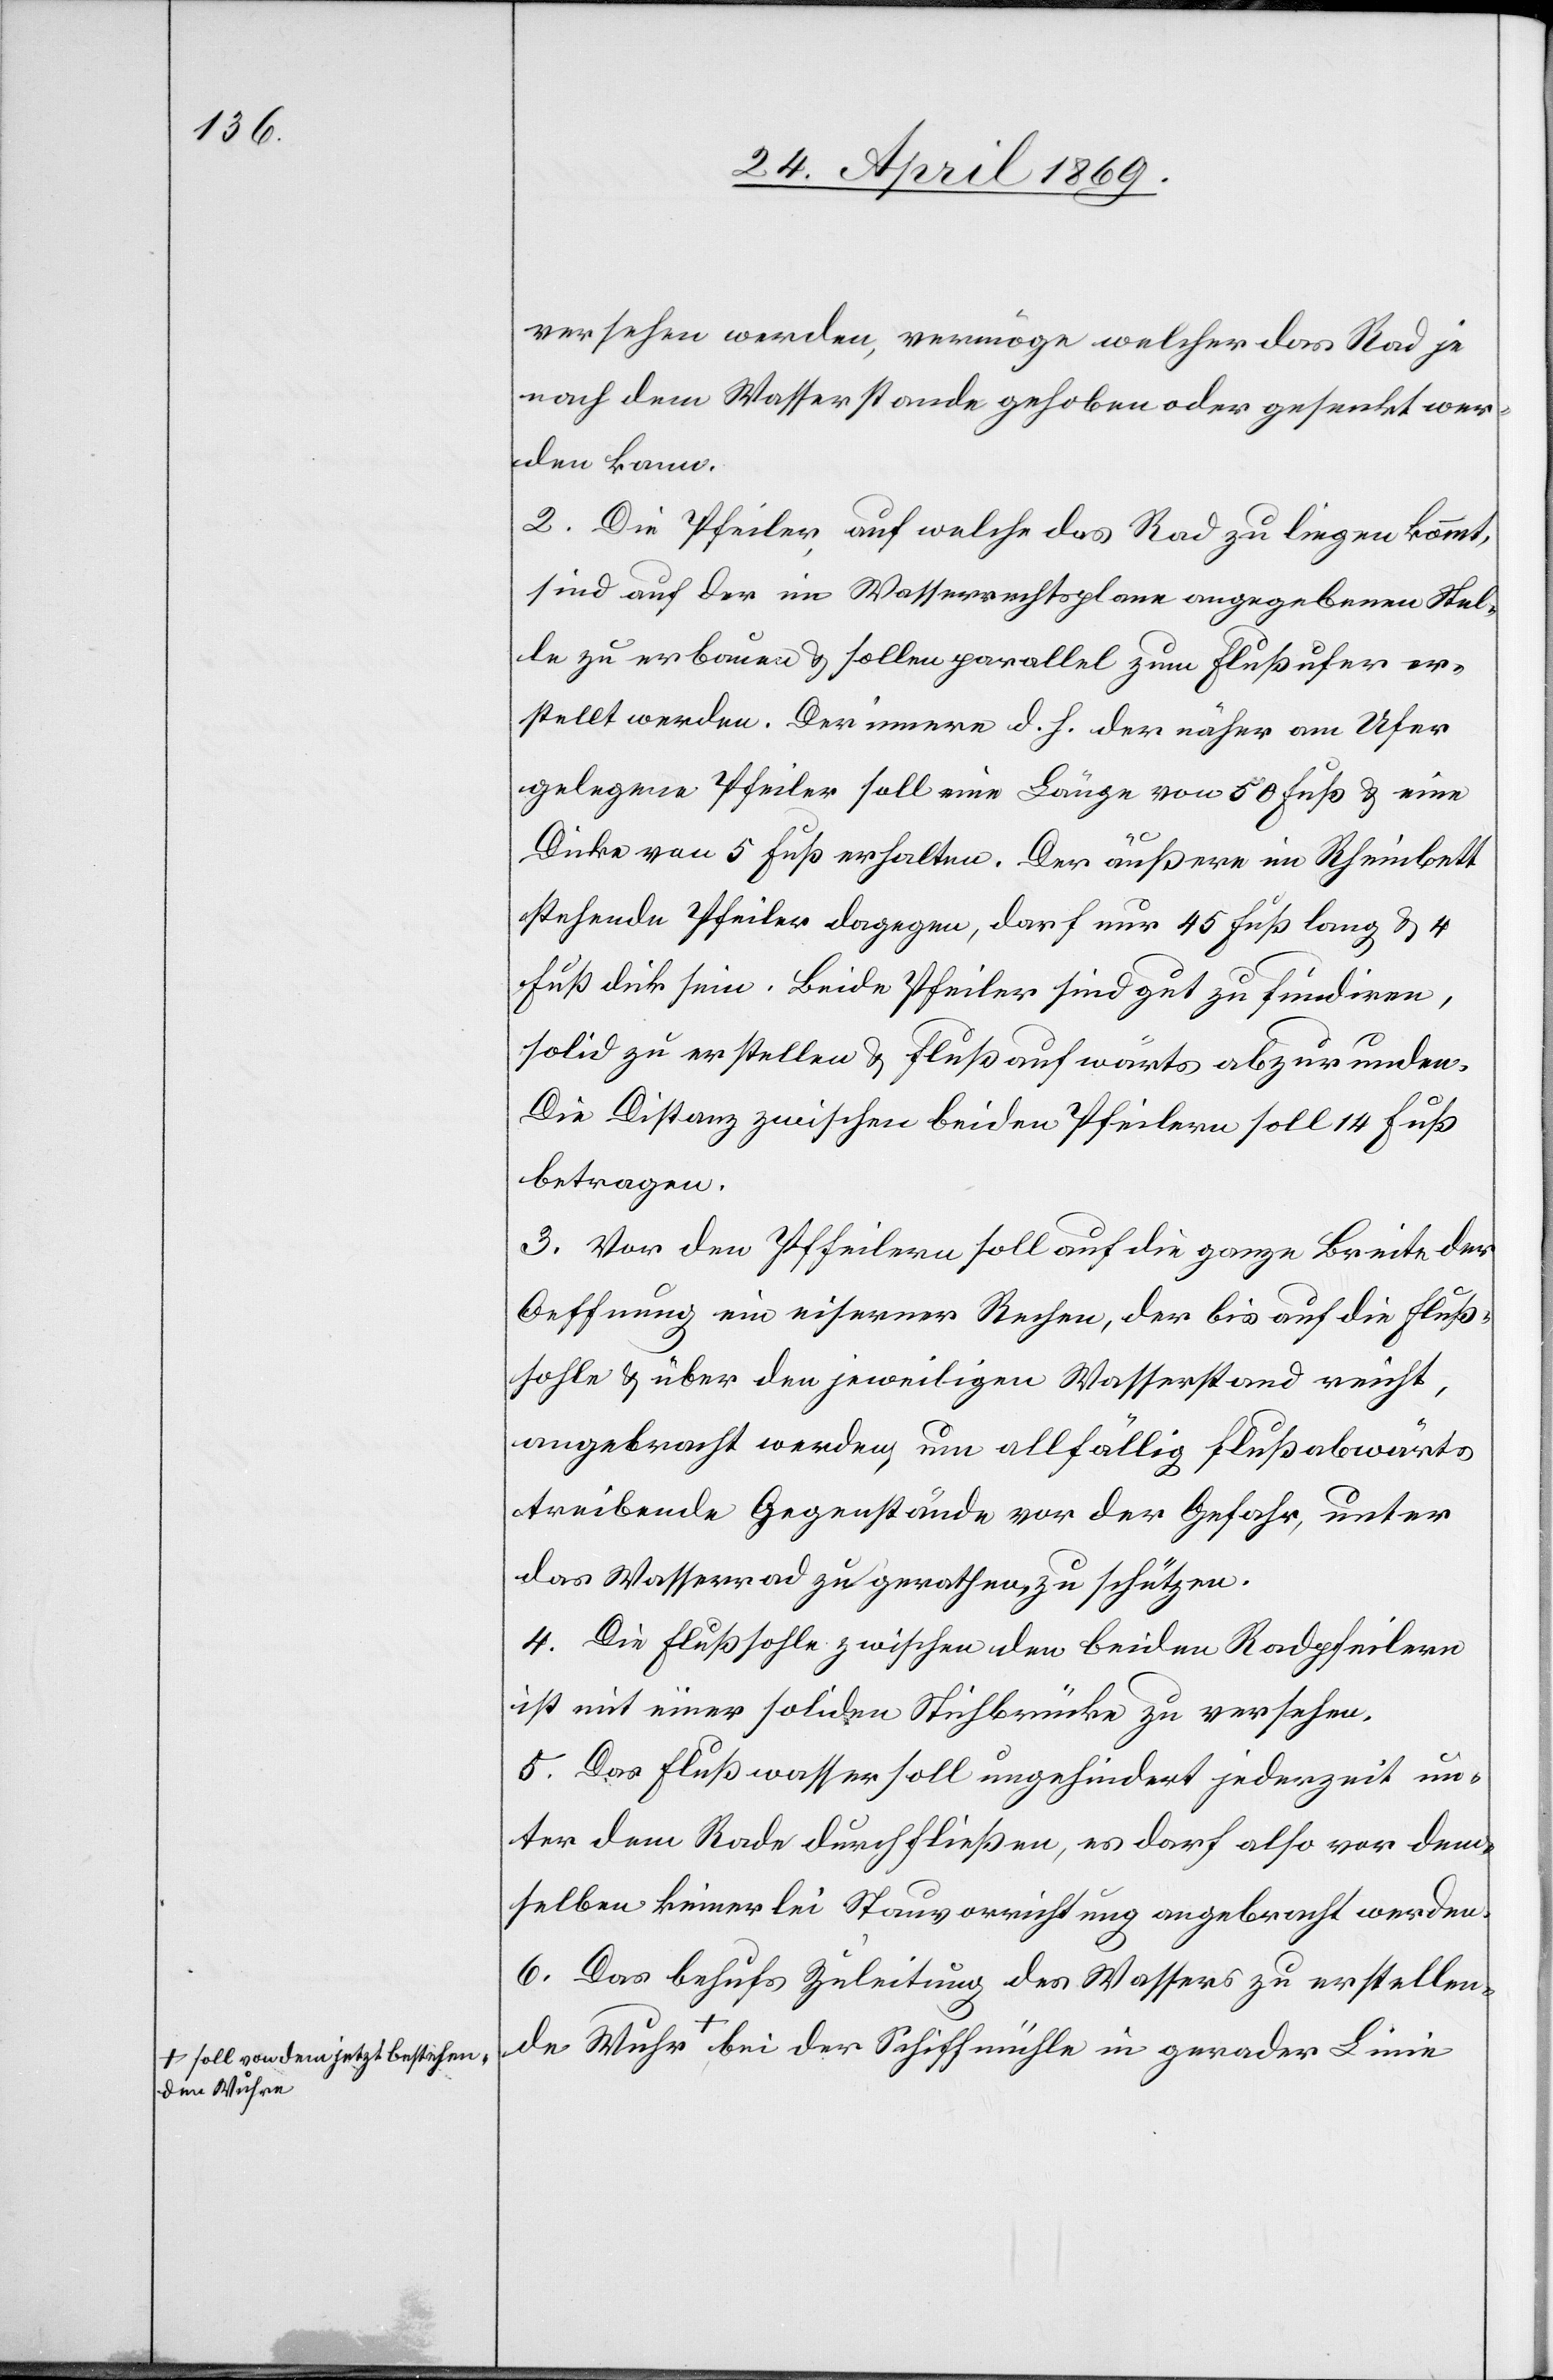
-asoll von dem jetzt bestehen¬

versehen werden, vermöge welcher das Rad je
nach dem Wasserstande gehoben oder gestreckt wer¬
den kann.
2. Die Pfeiler, auf welche das Rad zu liegen kommt,
sind auf der im Wasserrechtsplane angegebenen Stel¬
le zu erbauen u. sollen parallel zum Flußufer er¬
stellt werden. Der innere d. h. der näher am Ufer
gelegene Pfeiler soll eine Länge von 50 Fuß u. eine
Dicke von 5 Fuß erhalten. Der äußere im Rheinbett
stehende Pfeiler dagegen, darf nur 45 Fuß lang u. 4
Fuß dick sein. Beide Pfeiler sind gut zu fundiren,
solid zu erstellen u. flußaufwärts abzurunden.
3. Vor den Pfeilern soll auf die ganze Breite der
Oeffnung ein eiserner Rechen, der bis auf die Fluß¬
sohle u. über den jeweiligen Wasserstand nicht,
angebracht werden, um allfällig flußabwärts
treibende Gegenstände vor der Gefahr, unter
das Wasserrad zu gerathen zu schützen.
4. Die Flußsohle zwischen den beiden Radpfeilern
ist mit einer soliden Stichbrücke zu versehen.
5. Das Flußwasser soll ungehindert jederzeit un¬
ter dem Rad durchfließen, es darf also vor dem¬
selben keinerlei Stauvorrichtung angebracht werden.
6. Das behufs Zuleitung des Wassers zu erstellende
den Wuhre-a bei der Schiffmühle in gerader Linie